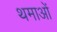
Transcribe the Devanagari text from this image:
थमाओं